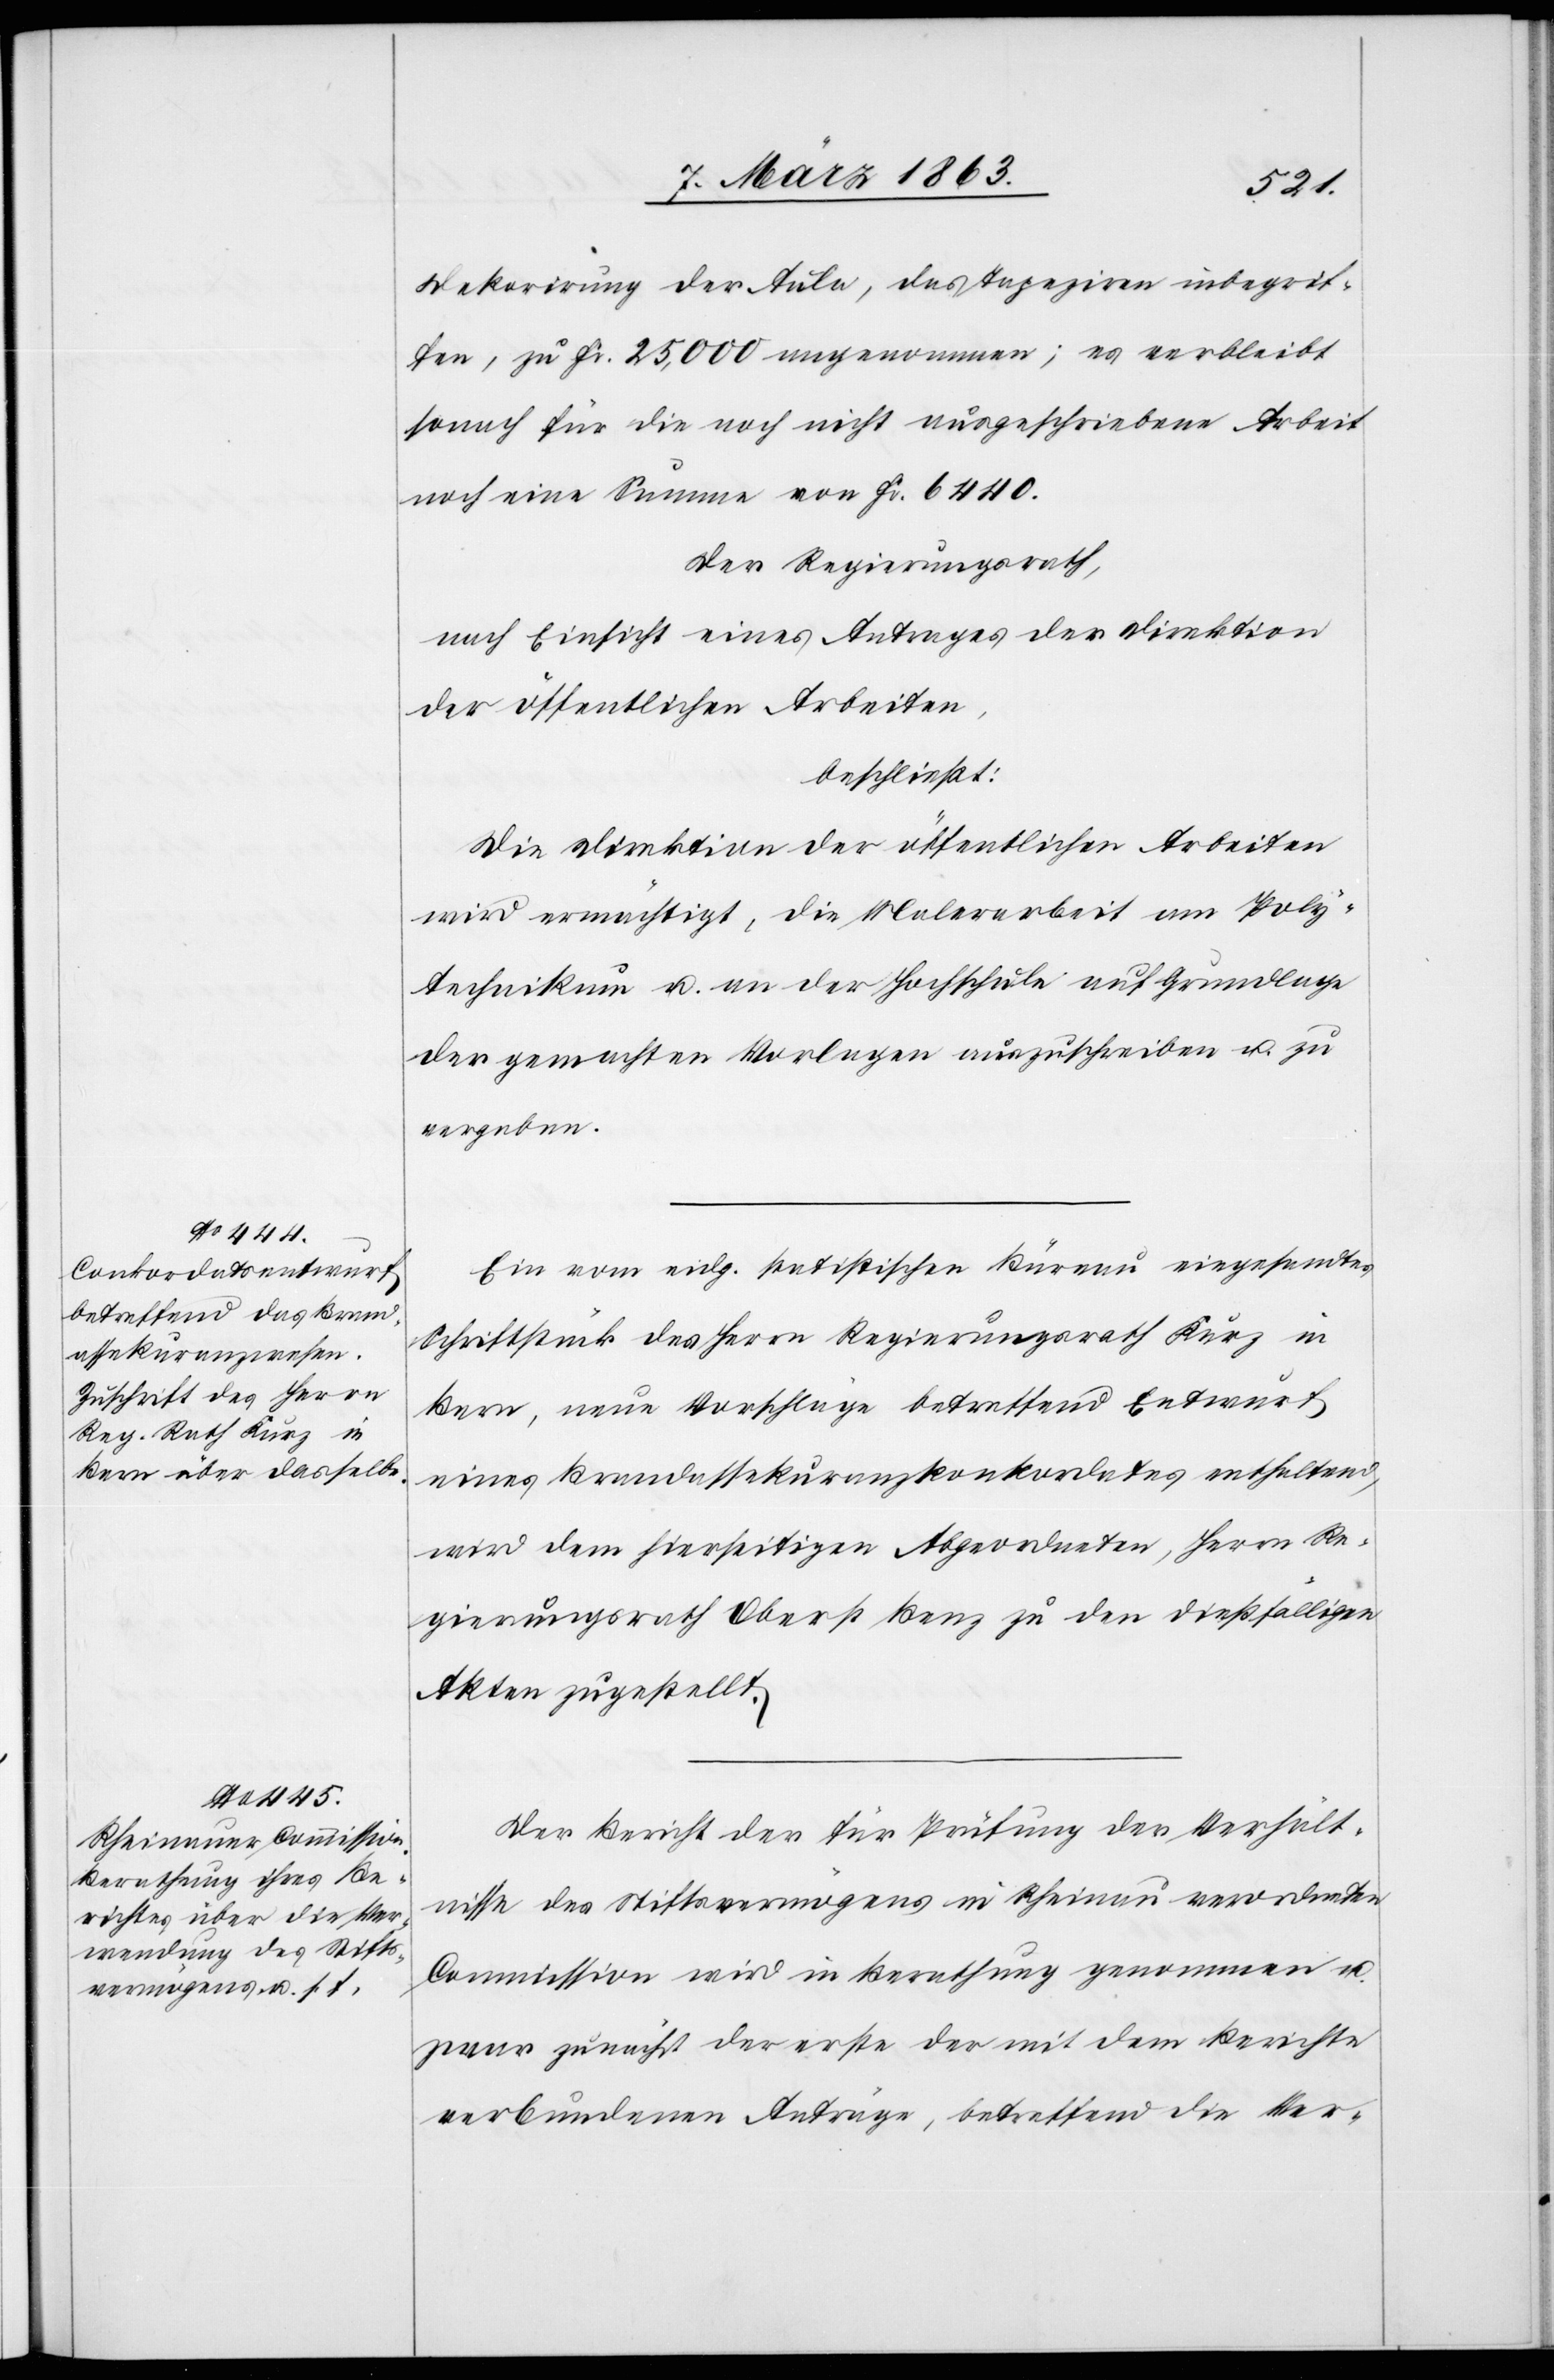
Dekorirung der Aula, das Tapeziren inbegrif¬
fen, zu Fr. 25,000 angenommen; es verbleibt
sonach für die noch nicht ausgeschriebene Arbeit
noch eine Summe von Fr. 6440.
Der Regierungsrath,
nach Einsicht eines Antrages der Direktion
der öffentlichen Arbeiten,
beschließt:
Die Direktion der öffentlichen Arbeiten
wird ermächtigt, die Malerarbeit am Poly¬
technikum u. an der Hochschule auf Grundlage
der gemachten Vorlagen auszuschreiben u. zu
vergeben.
Ein vom eidg. statistischen Büreau eingesandtes
Schriftstück des Herrn Regierungsrath Kurz in
Bern, neue Vorschläge betreffend Entwurf
eines Brandassekuranzkonkordates enthaltend,
wird dem hierseitigen Abgeordneten, Herrn Re¬
gierungsrath Oberst Benz zu den dießfälligen
Akten zugestellt.
Der Bericht der für Prüfung der Verhält¬
nisse des Stiftsvermögens in Rheinau verordneten
Commission wird in Berathung genommen u.
zwar zunächst der erste der mit dem Berichte
verbundenen Anträge, betreffend die Ver-